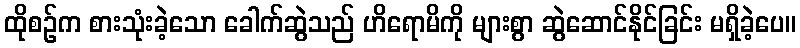
ထိုစဉ်က စားသုံးခဲ့သော ခေါက်ဆွဲသည် ဟိရောမိကို များစွာ ဆွဲဆောင်နိုင်ခြင်း မရှိခဲ့ပေ။